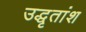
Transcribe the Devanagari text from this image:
उद्धृतांश